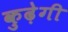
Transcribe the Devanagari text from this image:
कुढ़ेगी